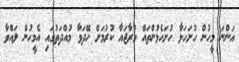
އަންނަ މީހުން ހުށަހަޅާ ހުށަހެޅުންތައް މުރާޖައާ ކުރުމަށް ހޭދަވާ މުއްދަތުގައި އެމީހުން ލައްވާ